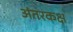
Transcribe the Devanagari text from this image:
अंतरकक्ष